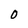
Character: O